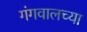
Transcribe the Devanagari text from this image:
गंगवालच्या